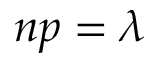
n p = \lambda